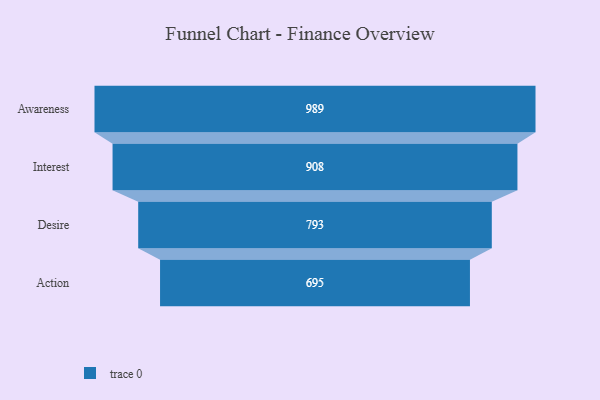
{"axis": {"x": "Stage", "y": "Value"}, "legend": [""], "data": [{"x": "Awareness", "y": 989.0, "type": ""}, {"x": "Interest", "y": 908.0, "type": ""}, {"x": "Desire", "y": 793.0, "type": ""}, {"x": "Action", "y": 695.0, "type": ""}]}